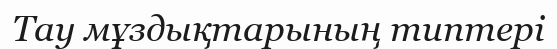
Тау мұздықтарының типтері